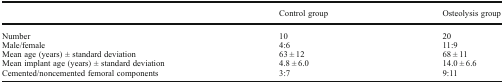
<table><thead><tr><td></td><td><b>Control group</b></td><td><b>Osteolysis group</b></td></tr></thead><tbody><tr><td>Number</td><td>10</td><td>20</td></tr><tr><td>Male/female</td><td>4:6</td><td>11:9</td></tr><tr><td>Mean age (years) ± standard deviation</td><td>63 ± 12</td><td>68 ± 11</td></tr><tr><td>Mean implant age (years) ± standard deviation</td><td>4.8 ± 6.0</td><td>14.0 ± 6.6</td></tr><tr><td>Cemented/noncemented femoral components</td><td>3:7</td><td>9:11</td></tr></tbody></table>